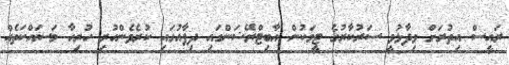
ރައީސް އިތުރަށް ވިދާޅުވީ ސަރުކާރުގެ ޓީމަކުން އާބިޓްރޭޝަންގައި ދިފާއުގައި ކުރެވެންހުރި ހުރިހާ މަސައްކަތެއް